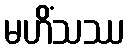
မဟိံသဿ